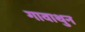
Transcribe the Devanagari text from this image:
गावाथुन